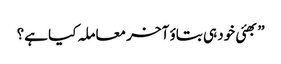
”بھئی خود ہی بتاؤ آخر معاملہ کیا ہے؟